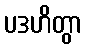
ပဒဟိတွာ